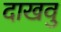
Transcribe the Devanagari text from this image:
दाखवु